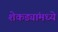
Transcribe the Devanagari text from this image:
शेकड्यांमध्ये